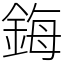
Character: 鋂